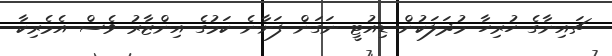
ޗައިނާގެ ހުރިހާ މުދަލަކުން ޑިއުޓީ ނަގަން ފަށާނެ ކަމުގެ އިންޒާރު ވެސް އެމެރިކާ